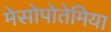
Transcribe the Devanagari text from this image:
मेसोपोतेमिया